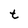
Character: t